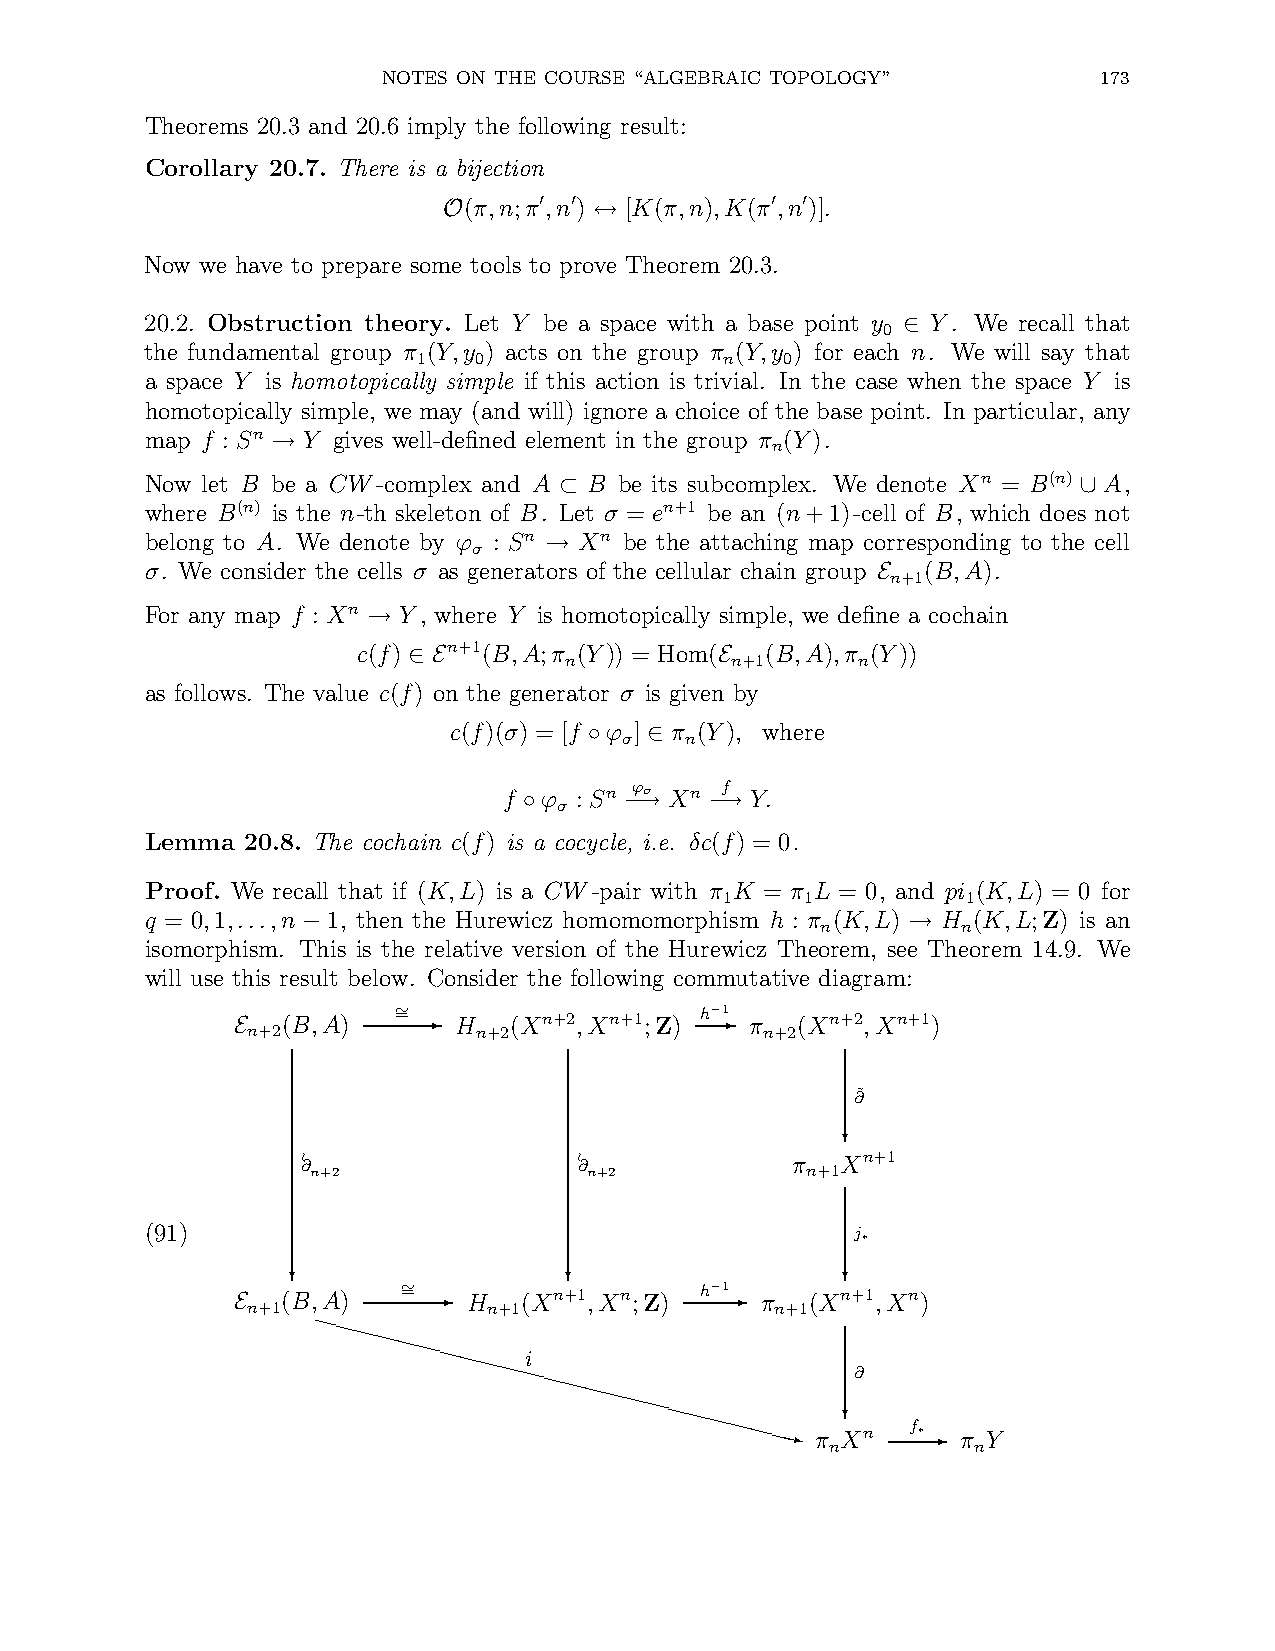
NOTES ON THE COURSE “ALGEBRAIC TOPOLOGY”        173
 Theorems 20.3 and 20.6 imply the following result:
 Corollary 20.7. There is a bijection
 (π,n;π ,n) [K(π,n),K(π ,n)].
 ′ ′            ′ ′
 O         ↔
 Now we have to prepare some tools to prove Theorem 20.3.
 20.2. Obstruction theory. Let Y be a space with a base point y Y . We recall that
 0
 ∈
 the fundamental group π (Y,y ) acts on the group π (Y,y ) for each n. We will say that
 1  0                n   0
 a space Y is homotopically simple if this action is trivial. In the case when the space Y is
 homotopically simple, we may (and will) ignore a choice of the base point. In particular, any
 map f : Sn Y gives well-defined element in the group π (Y).
 n
 →
 Now let B be a CW-complex and A B be its subcomplex. We denote Xn = B(n) A,
 ⊂                                  ∪
 where B(n) is the n-th skeleton of B. Let σ = en+1 be an (n+1)-cell of B, which does not
 belong to A. We denote by ϕ : Sn Xn be the attaching map corresponding to the cell
 σ
 →
 σ. We consider the cells σ as generators of the cellular chain group (B,A).
 n+1
 E
 For any map f : Xn Y , where Y is homotopically simple, we define a cochain
 →
 c(f)  n+1(B,A;π (Y)) = Hom( (B,A),π (Y))
 n          n+1      n
 ∈ E                  E
 as follows. The value c(f) on the generator σ is given by
 c(f)(σ) = [f ϕ ] π (Y), where
 σ   n
 ◦   ∈
 f  ϕ : Sn ϕσ Xn f Y.
 σ
 ◦     −→    −→
 Lemma 20.8. The cochain c(f) is a cocycle, i.e. δc(f) = 0.
 Proof. We recall that if (K,L) is a CW-pair with π K = π L = 0, and pi (K,L) = 0 for
 1    1          1
 q = 0,1,...,n 1, then the Hurewicz homomomorphism h : π (K,L) H (K,L;Z) is an
 n         n
 −                                       →
 isomorphism. This is the relative version of the Hurewicz Theorem, see Theorem 14.9. We
 will use this result below. Consider the following commutative diagram:
 (B,A)  ∼= - H  (Xn+2,Xn+1;Z) h− -1 π (Xn+2,Xn+1)
 n+2            n+2                 n+2
 E
 ∂˜
 ?
 ≀ ∂
 n+2
 ≀ ∂
 n+2
 π n+1Xn+1
 (91)                                           j∗
 ?                  ?                 ?
 (B,A)   ∼= - H  (Xn+1,Xn;Z) h−1- π (Xn+1,Xn)
 En+1  XXXXXXXXXn+ X1
 Xi
 XXXXXXXXXXXXn   Xz+1
 π
 X?∂
 n
 f∗-
 π Y
 n         n